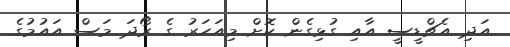
އަދި އެޗްޑީސީ އާއި ގުޅިގެން ކޮށް މިއަހަރު ގެ ރޯދަ މަސް އައުމުގެ